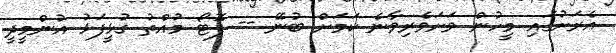
އެރަށުގައި މީހުން ވަށަވެރިވާނެ ކަމަށް ބުނޭ -- ފޮޓޯ މުއްތު ގުޅީފަޅު އުންމީދީ